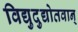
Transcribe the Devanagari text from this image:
विद्युदुद्योतवान्